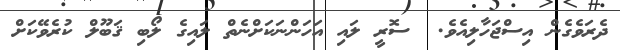
ދެރަވެގެން އިސްޖަހާލިއެވެ.  ސޮރީ ލައި އަހަންނަކަށްނެތް ލައިގެ ލޯބި ޤަބޫލް ކުރެވޭކަށް